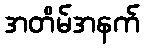
အတိမ်အနက်